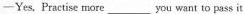
—Yes, Practise more___you want to pass it